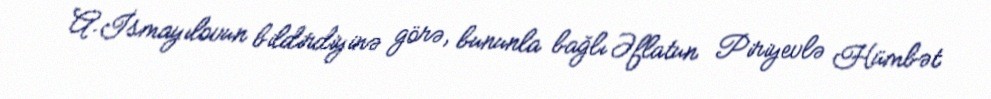
A.İsmayılovun bildirdiyinə görə, bununla bağlı Əflatun Piriyevlə Hümbət